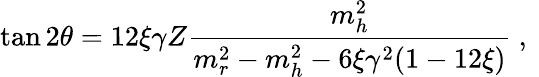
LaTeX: \tan 2\theta=12\xi\gamma Z\frac{m_{h}^{2}}{m_{r}^{2}-m_{h}^{2}-6\xi\gamma^{2}(1-12\xi)}\mathrm{~,~}